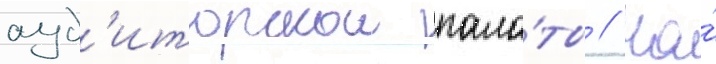
ауд'иторскои пала́ты // На́